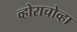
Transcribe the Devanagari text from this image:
व्होराचोव्हा